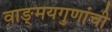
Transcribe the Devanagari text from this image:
वाङ्‌मयगुणांची